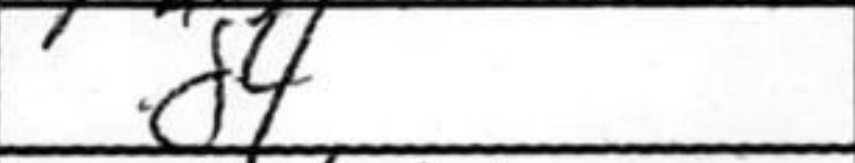
Transcription: d4